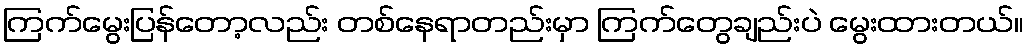
ကြက်မွေးပြန်တော့လည်း တစ်နေရာတည်းမှာ ကြက်တွေချည်းပဲ မွေးထားတယ်။